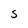
Character: S